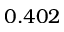
0 . 4 0 2